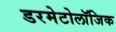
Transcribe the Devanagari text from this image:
डरमेटोलॉजिक